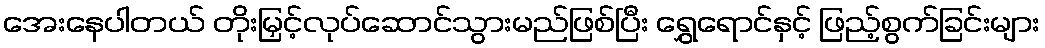
အေးနေပါတယ် တိုးမြှင့်လုပ်ဆောင်သွားမည်ဖြစ်ပြီး ရွှေရောင်နှင့် ဖြည့်စွက်ခြင်းများ